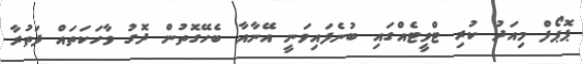
ޕޮޕޯފް މިއަދު ކުރި ޓްވީޓެއްގައި ބުނެފައިވަނީ އޭނާއާ ބެހޭގޮތުން ދޮގު ވާހަކަތައް ފަތުރާ